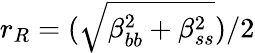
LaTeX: r_{R}=(\sqrt{\beta_{bb}^{2}+\beta_{ss}^{2}})/2